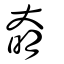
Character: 奛